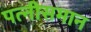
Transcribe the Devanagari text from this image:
पत्नीसमान